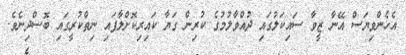
އެހެންވިޔަސް އޭނާ ޒީވާ ސައިކަލުގައި ދުއްވާލުމުގެ ކުރިން ގަޔާ ކައިރިކޮށްލާފައި ނިތްކުރީގައި ބޮސްދިނެވެ.